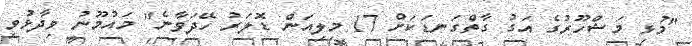
"މުޅި މަޝްހޫރުގެ އަގު ގާތްގަނޑަކަށް 17 މިލިއަން ޑޮލަރު ހޭދަވާނެ" މައުމޫނު ވިދާޅުވި